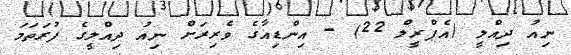
ނިއު ދިއްލީ (އެޕްރީލް 22) - އިންޑިއާގެ ވެރިރަށް ނިއު ދިއްލީގެ ފުރަތަމަ